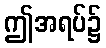
ဤအရပ်၌